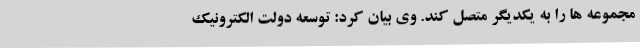
مجموعه ها را به یکدیگر متصل کند. وی بیان کرد: توسعه دولت الکترونیک